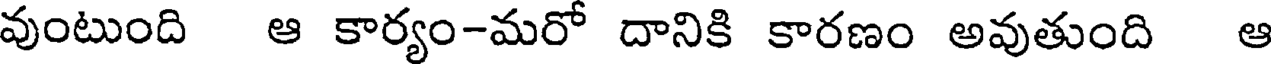
వుంటుంది ఆ కార్యం-మరో దానికి కారణం అవుతుంది ఆ